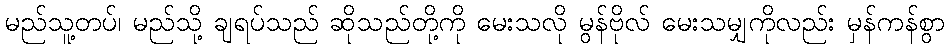
မည်သူ့တပ်၊ မည်သို့ ချရပ်သည် ဆိုသည်တို့ကို မေးသလို မွန်ဗိုလ် မေးသမျှကိုလည်း မှန်ကန်စွာ